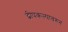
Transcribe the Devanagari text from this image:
द्वीपकल्पावरुन